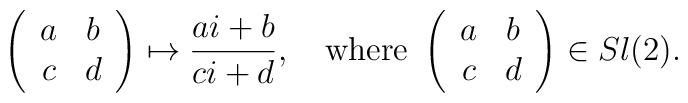
\left(\begin{array}{cc}a&b\\c&d\end{array}\right)\mapsto	\frac{ai+b}{ci+d},\quad\hbox{where\ }  \left(\begin{array}{cc}a&b\\c&d\end{array}\right) \in Sl(2).